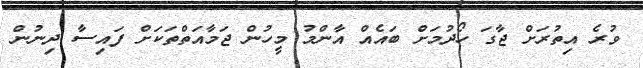
ވުރެ އިތުރަށް ޖާގަ ހޯދުމަށް ބައެއް އާންމު މީހުން ޖަމާއަތްތަކަށް ފައިސާ ދިނުން